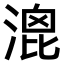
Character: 𣹮